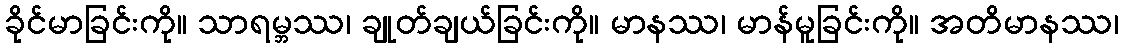
ခိုင်မာခြင်းကို။ သာရမ္ဘဿ၊ ချုတ်ချယ်ခြင်းကို။ မာနဿ၊ မာန်မူခြင်းကို။ အတိမာနဿ၊